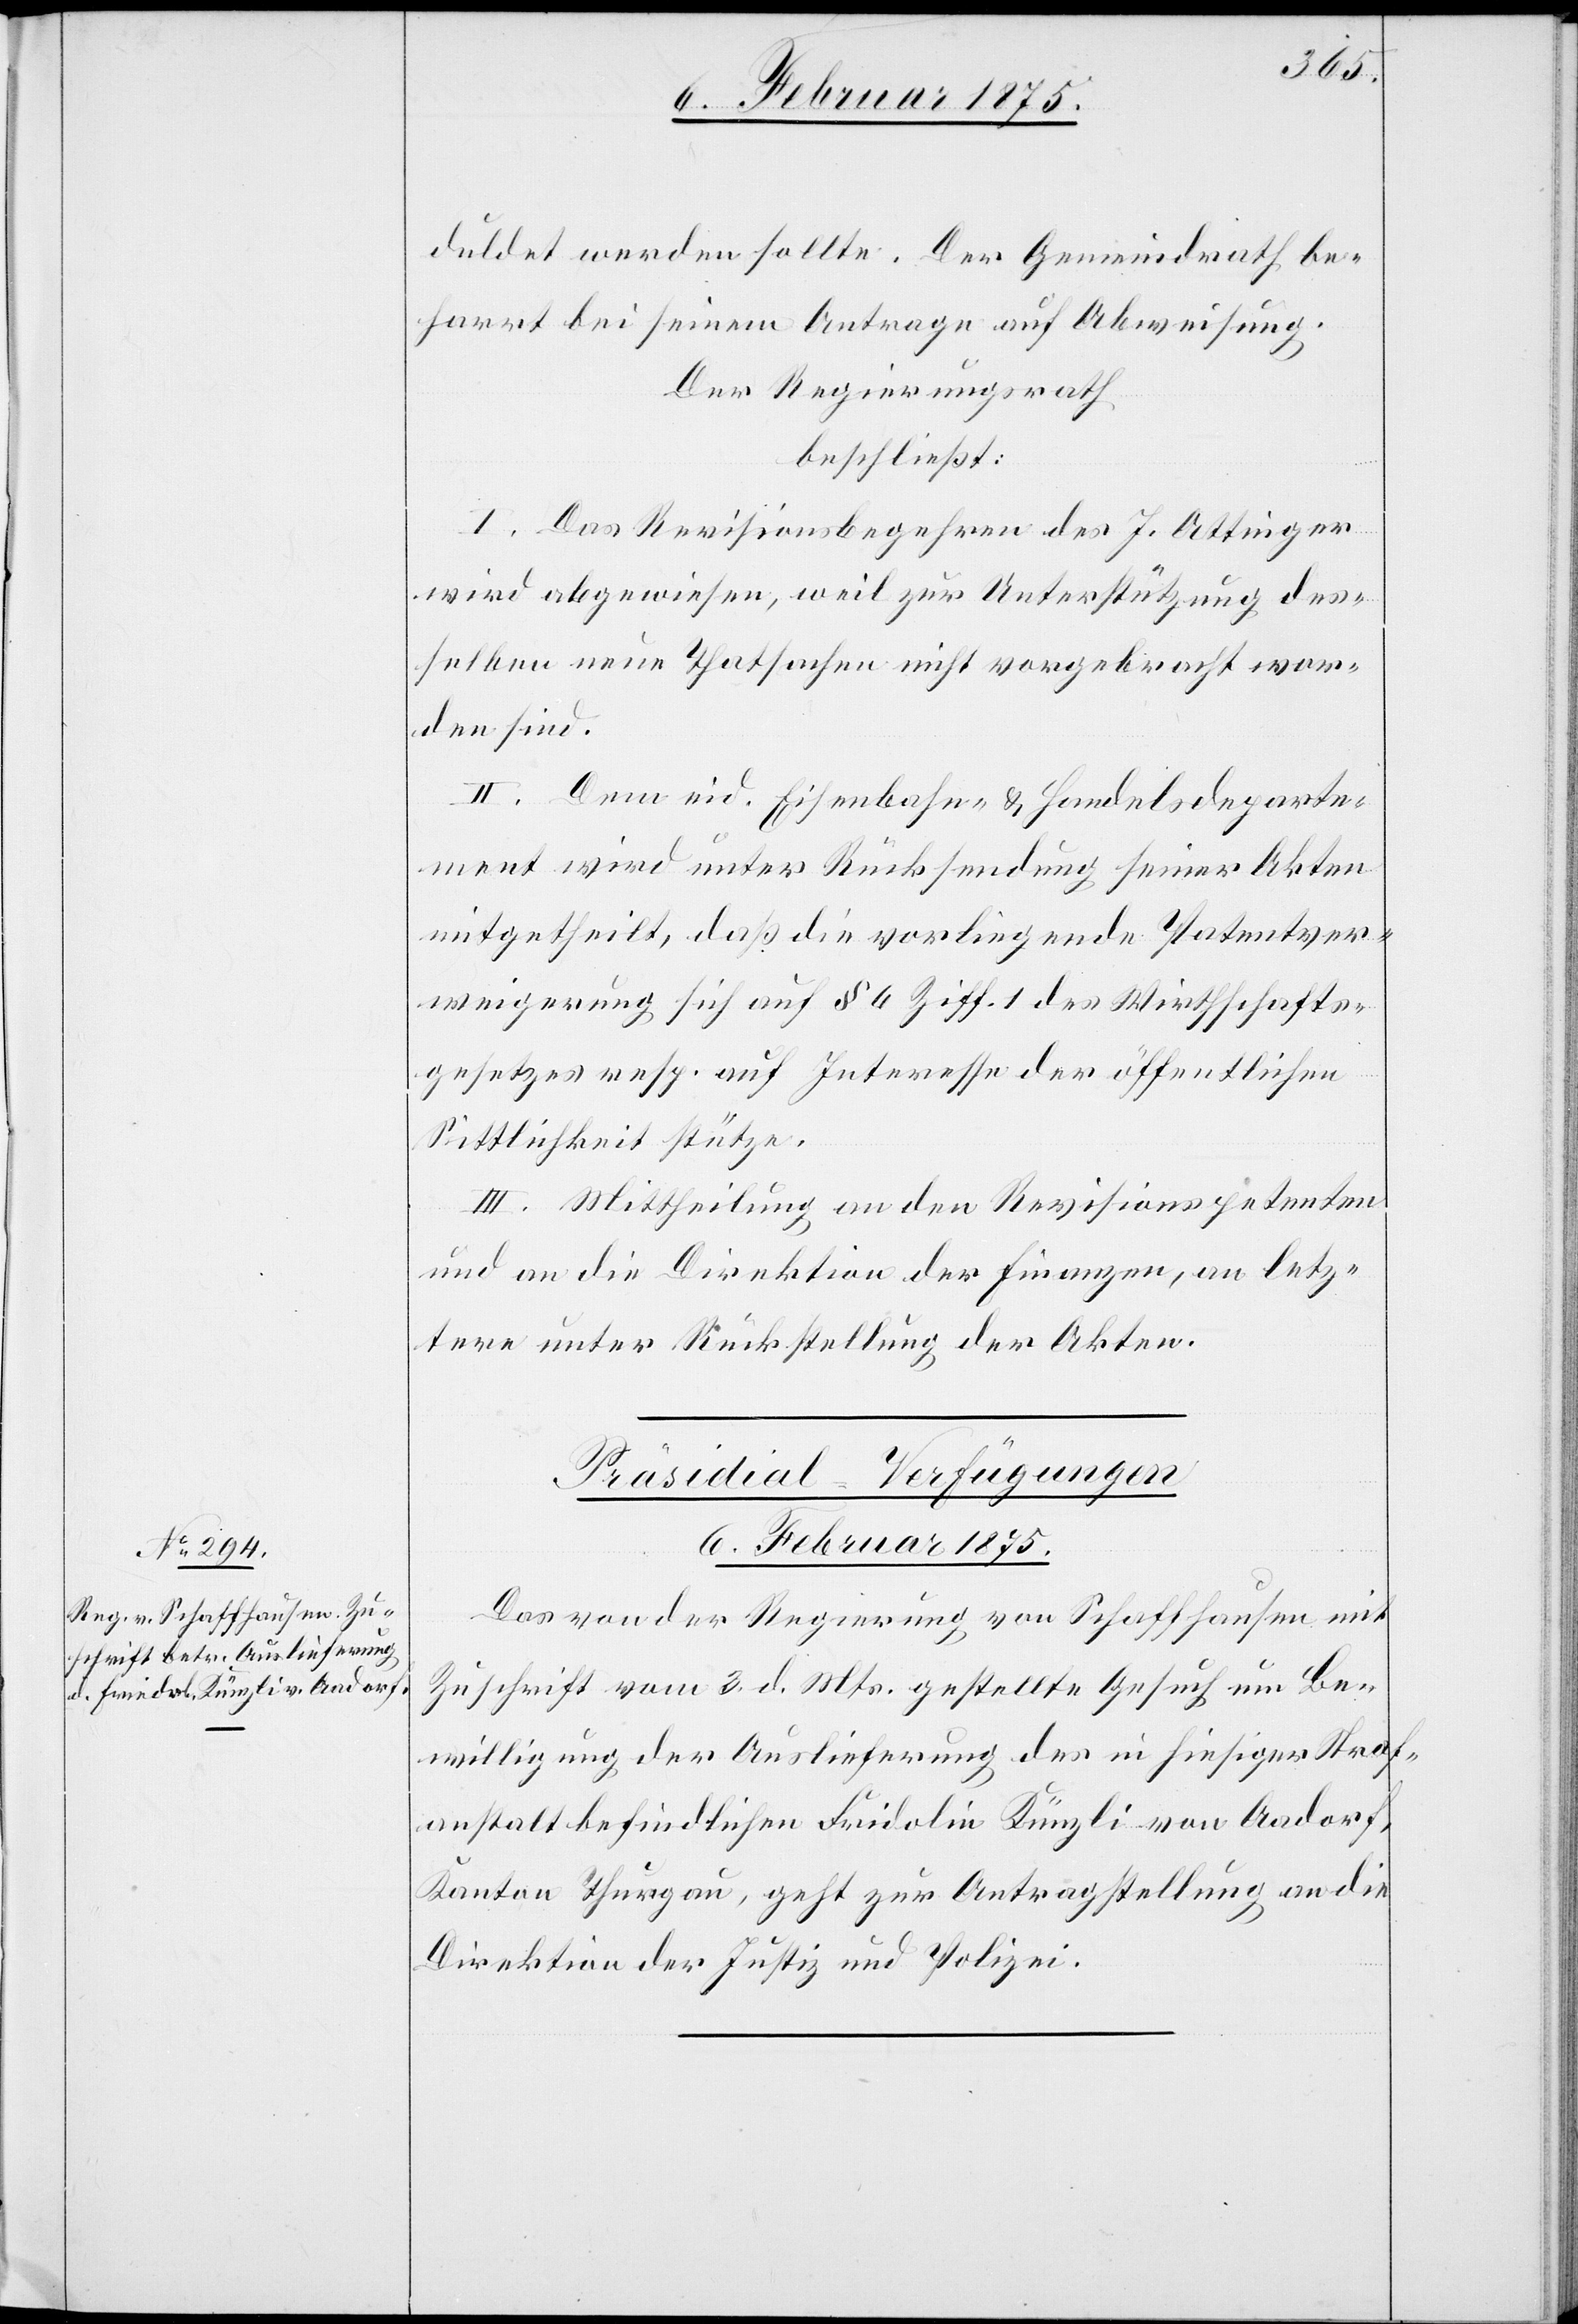
duldet werden sollte. Der Gemeindrath be¬
harrt bei seinem Antrage auf Abweisung.
Der Regierungsrath
beschließt:
I. Das Revisionsbegehren des J. Attinger
wird abgewiesen, weil zur Unterstützung des¬
selben neue Thatsachen nicht vorgebracht wor¬
den sind.
II. Dem eid. Eisenbahn- & Handelsdeparte¬
ment wird unter Rücksendung seiner Akten
mitgetheilt, daß die vorliegende Patentver¬
weigerung sich auf § 4 Ziff. 1 des Wirthschafts¬
gesetzes resp. auf Interesse der öffentlichen
Sittlichkeit stütze.
III. Mittheilung an den Revisionspetenten
und an die Direktion der Finanzen, an letz¬
tere unter Rückstellung der Akten.
Präsidial-Verfügungen
6. Februar 1875.
Das von der Regierung von Schaffhausen mit
Zuschrift vom 3. d. Mts. gestellte Gesuch um Be¬
willigung der Auslieferung des in hiesiger Straf¬
anstalt befindlichen Fridolin Künzli von Aadorf,
Kanton Thurgau, geht zur Antragstellung an die
Direktion der Justiz und Polizei.